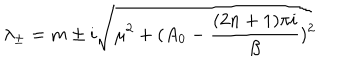
\lambda _ { \pm } = m \pm i \sqrt { \mu ^ { 2 } + ( A _ { 0 } - \frac { ( 2 n + 1 ) \pi i } { \beta } ) ^ { 2 } }